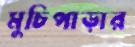
মুচিপাড়ার